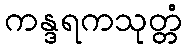
ကန္ဒရကသုတ္တံ